Annual administration report of the Civil Veterinary Department of India - 1897-1898
Year: 1897
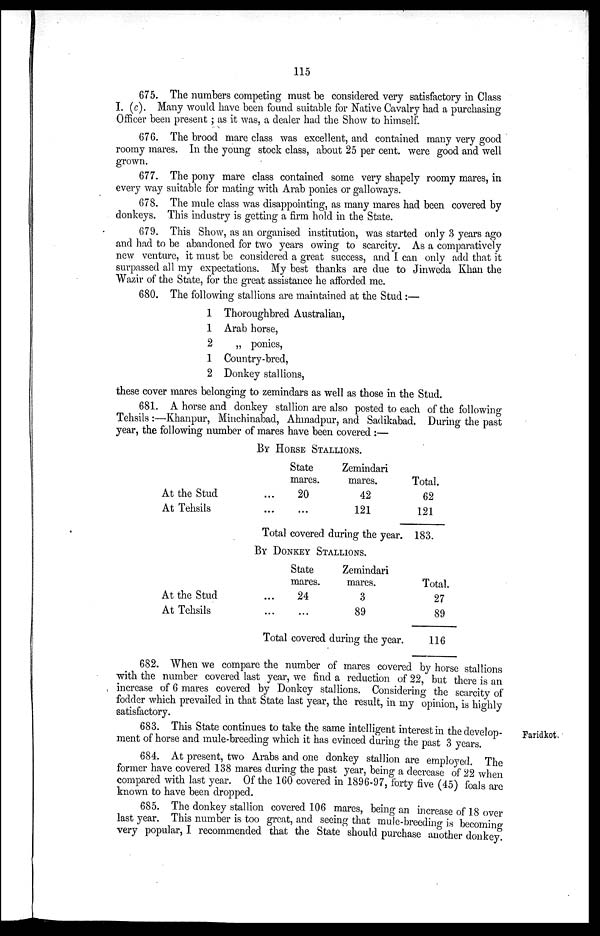
115
675. The numbers competing must be considered very satisfactory in Class
I. (c). Many would have been found suitable for Native Cavalry had a purchasing
Officer been present; as it was, a dealer had the Show to himself.
676. The brood mare class was excellent, and contained many very good
roomy mares. In the young stock class, about 25 per cent. were good and well
grown.
677. The pony mare class contained some very shapely roomy mares, in
every way suitable for mating with Arab ponies or galloways.
678. The mule class was disappointing, as many mares had been covered by
donkeys. This industry is getting a firm hold in the State.
679. This Show, as an organised institution, was started only 3 years ago
and had to be abandoned for two years owing to scarcity. As a comparatively
new venture, it must be considered a great success, and I can only add that it
surpassed all my expectations. My best thanks are due to Jinweda Khan the
Wazir of the State, for the great assistance he afforded me.
680. The following stallions are maintained at the Stud :—
1
1
2
1
2
Thoroughbred Australian,
Arab horse,
„ ponies,
Country-bred,
Donkey stallions,
these cover mares belonging to zemindars as well as those in the Stud.
681. A horse and donkey stallion are also posted to each of the following
Tehsils :—Khanpur, Minchinabad, Ahmadpur, and Sadikabad. During the past
year, the following number of mares have been covered :—
BY HORSE STALLIONS.
At the Stud
...
At Tehsils...
State
mares.
20
...
Zemindari
mares.
42
121
Total covered during the year.
Total.
62
121
183.
BY DONKEY STALLIONS.
At the Stud...
At Tehsils...
State
mares.
24
...
Zemindari
mares.
3
89
Total covered during the year.
Total.
27
89
116
682. When we compare the number of mares covered by horse stallions
with the number covered last year, we find a reduction of 22, but there is an
increase of 6 mares covered by Donkey stallions. Considering the scarcity of
fodder which prevailed in that State last year, the result, in my opinion, is highly
satisfactory.
Faridkot.
683. This State continues to take the same intelligent interest in the develop-
ment of horse and mule-breeding which it has evinced during the past 3 years.
684. At present, two Arabs and one donkey stallion are employed. The
former have covered 138 mares during the past year, being a decrease of 22 when
compared with last year. Of the 160 covered in 1896-97, forty five (45) foals are
known to have been dropped.
685. The donkey stallion covered 106 mares, being an increase of 18 over
last year. This number is too great, and seeing that mule-breeding is becoming-
very popular, I recommended that the State should purchase another donkey.